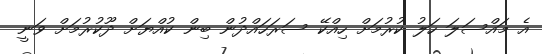
އެ މައްސަލަ ހަލު ކުރުމަށް ހިއްކޭ ސަރަހައްދުން ބިން ކުއްޔަށް ދޫކުރުމަށް ވަނީ